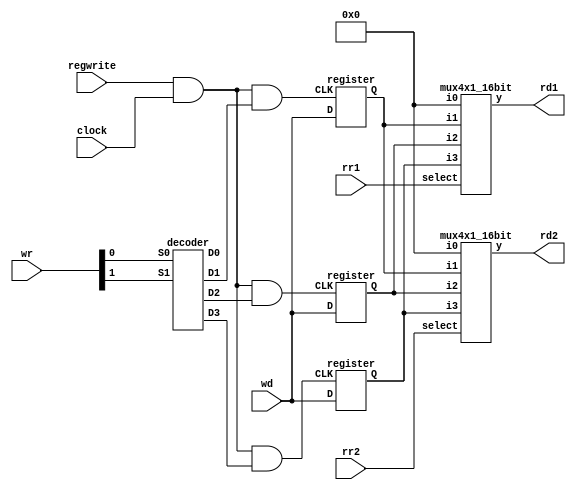
// Structural model of MIPS - single cycle implementation
// data: April 1, 2016
// Iteration: 2

//MIPS register file (4 registers, 16-bit data)

module reg_file (rr1,rr2,wr,wd,regwrite,rd1,rd2,clock);
	
	input [1:0] rr1,rr2,wr;
	input [15:0] wd;
	input regwrite,clock;
	output [15:0] rd1,rd2;
	wire [15:0] q1,q2,q3;
	
// Registers

	register reg1(wd,c1,q1);
	register reg2(wd,c2,q2);
	register reg3(wd,c3,q3);

// Output Port

	mux4x1_16bit mux1 (16'b0,q1,q2,q3,rr1,rd1),
				 mux2 (16'b0,q1,q2,q3,rr2,rd2);

// Input Port

	decoder dec(wr[1],wr[0],w3,w2,w1,w0);
	
	and and0 (regwrite_and_clock,regwrite,clock),
		and1 (c1,regwrite_and_clock,w1),
		and2 (c2,regwrite_and_clock,w2),
		and3 (c3,regwrite_and_clock,w3);

endmodule

// Registers build

module register(D,CLK,Q);

	input [15:0] D;
	input CLK;
	output [15:0] Q;
	
	D_flip_flop r1  (D[0],CLK,Q[0]);
	D_flip_flop r2  (D[1],CLK,Q[1]);
	D_flip_flop r3  (D[2],CLK,Q[2]);
	D_flip_flop r4  (D[3],CLK,Q[3]);
	D_flip_flop r5  (D[4],CLK,Q[4]);
	D_flip_flop r6  (D[5],CLK,Q[5]);
	D_flip_flop r7  (D[6],CLK,Q[6]);
	D_flip_flop r8  (D[7],CLK,Q[7]);
	D_flip_flop r9  (D[8],CLK,Q[8]);
	D_flip_flop r10 (D[9],CLK,Q[9]);
	D_flip_flop r11 (D[10],CLK,Q[10]);
	D_flip_flop r12 (D[11],CLK,Q[11]);
	D_flip_flop r13 (D[12],CLK,Q[12]);
	D_flip_flop r14 (D[13],CLK,Q[13]);
	D_flip_flop r15 (D[14],CLK,Q[14]);
	D_flip_flop r16 (D[15],CLK,Q[15]);

endmodule	

// MIPS ALU 16-bit in Verilog

module ALU(op,a,b,result,zero);

	input [15:0] a,b;
	input [2:0] op;
	output [15:0] result;
	output zero;
	wire c1,c2,c3,c4,c5,c6,c7,c8,c9,c10,c11,c12,c13,c14,c15;
	
	ALU1	alu0  (a[0], b[0], op[2],op[1:0],set,    op[2],c1, result[0]),
			alu1  (a[1], b[1], op[2],op[1:0],1'b0,  c1,   c2, result[1]),
			alu2  (a[2], b[2], op[2],op[1:0],1'b0,  c2,   c3, result[2]),
			alu3  (a[3], b[3], op[2],op[1:0],1'b0,  c3,   c4, result[3]),
			alu4  (a[4], b[4], op[2],op[1:0],1'b0,  c4,   c5, result[4]),
			alu5  (a[5], b[5], op[2],op[1:0],1'b0,  c5,   c6, result[5]),
			alu6  (a[6], b[6], op[2],op[1:0],1'b0,  c6,   c7, result[6]),
			alu7  (a[7], b[7], op[2],op[1:0],1'b0,  c7,   c8, result[7]),
			alu8  (a[8], b[8], op[2],op[1:0],1'b0,  c8,   c9, result[8]),
			alu9  (a[9], b[9], op[2],op[1:0],1'b0,  c9,   c10,result[9]),
			alu10 (a[10],b[10],op[2],op[1:0],1'b0,  c10,  c11,result[10]),
			alu11 (a[11],b[11],op[2],op[1:0],1'b0,  c11,  c12,result[11]),
			alu12 (a[12],b[12],op[2],op[1:0],1'b0,  c12,  c13,result[12]),
			alu13 (a[13],b[13],op[2],op[1:0],1'b0,  c13,  c14,result[13]),
			alu14 (a[14],b[14],op[2],op[1:0],1'b0,  c14,  c15,result[14]);
		 
	ALUmsb	alu15 (a[15],b[15],op[2],op[1:0],1'b0,  c15,  c16,result[15],set);

	or or1(or01, result[0],result[1]);
	or or2(or23, result[2],result[3]);
	nor nor1(zero,or01,or23);

endmodule

module ALU1(a,b,binvert,op,less,carryin,carryout,result);

	input a,b,carryin,binvert;
	input less;
	input [1:0] op;
	output carryout,result;
	wire sum,a_and_b,a_or_b,b_inv;
	
	not not1(b_inv, b);
	mux2x1 mux1(b,b_inv,binvert,b1);
	and and1(a_and_b, a, b);
	or or1(a_or_b, a, b);
	fulladder adder1(sum,carryout,a,b1,carryin);
	mux4x1 mux2(a_and_b,a_or_b,sum,less,op[1:0],result); 

endmodule

module ALUmsb(a,b,binvert,op,less,carryin,carryout,result,sum);

	input a,b,carryin,binvert;
	input less;
	input [1:0] op;
	output carryout,result;
	output sum;
	wire sum,a_and_b,a_or_b,b_inv;
	
	not not1(b_inv, b);
	mux2x1 mux1(b,b_inv,binvert,b1);
	and and1(a_and_b, a, b);
	or or1(a_or_b, a, b);
	fulladder adder1(sum,carryout,a,b1,carryin);
	mux4x1 mux2(a_and_b,a_or_b,sum,less,op[1:0],result); 

endmodule

// MIPS MainControl

module MainControl(Op,Control);

	input [3:0] Op;
	output reg [10:0] Control;
	
	always @(Op) case (Op)
		4'b0000: Control <= 11'b10010000010;  //add
		4'b0001: Control <= 11'b10010000110;  //sub
		4'b0010: Control <= 11'b10010000000;  //and
		4'b0011: Control <= 11'b10010000001;  //or
		4'b0111: Control <= 11'b10010000111;  //slt
		4'b0100: Control <= 11'b01010000010;  //addi
		4'b0101: Control <= 11'b01111000010;  //LW
		4'b0110: Control <= 11'b01000100010;  //SW
		4'b1000: Control <= 11'b00000001110;  //BEQ
		4'b1001: Control <= 11'b00000010110;  //BNE
	endcase

endmodule

//Branch Controller for BEQ and BNE 

module BranchControl(bne,beq,Zero,BranchOut);
	
	input bne,beq;
	input Zero;
	output BranchOut;
	wire ZeroInvert,i0,i1;
	
	not not1(ZeroInvert,Zero);
	and and1(i0,bne,ZeroInvert),
		and2(i1,beq,Zero);
	or	or1(BranchOut,i0,i1);
	
endmodule

// MIPS CPU & Test Program

module CPU(clock,WD,IR,PC);

	input clock;
	output [15:0] WD,IR,PC;
	reg [15:0] PC;
	reg [15:0] IMemory[0:1023], DMemory[0:1023];
	wire [15:0] IR,NextPC,A,B,ALUOut,RD2,SignExtend,PCplus4,Target;
	wire [2:0] ALUctl;
	wire [2:0] ALUOp;
	wire [1:0] WR;
	wire RegDst;
	wire branchcontrol;
	
	// Test Program
	initial begin
			//R-types are op=2bit rs=2bit rt=2bit rd=2bit unused=6bit
				  //16'b0100 00 00 00 000000
			//I-types are op=4bit rs=2bit rt=2bit address=8bit
			      //16'b0000 00 00 00000000
				  
		IMemory[0] = 16'b0101000100000000; // lw   $1, 0($0)
		IMemory[1] = 16'b0101001000000100; // lw   $2, 4($0)
		IMemory[2] = 16'b0111011011000000; // slt  $3, $1, $2
		//IMemory[3] = 16'b1000110000000010; // beq  $3, $0, 2
		IMemory[3] = 16'b1001110000000010; // bne  $3, $0, 2
		IMemory[4] = 16'b0110000100000100; // sw   $1, 4($0)
		IMemory[5] = 16'b0110001000000000; // sw   $2, 0($0)
		IMemory[6] = 16'b0101000100000000; // lw   $1, 0($0)
		IMemory[7] = 16'b0101001000000100; // lw   $2, 4($0)
		IMemory[8] = 16'b0001011001000000; // sub  $1, $1, $2
		
		DMemory[0] =16'h5;
		DMemory[1] =16'h7;
	end
	
	initial PC = 0;
	
	assign IR = IMemory [PC>>1];
	
	mux2x1_2bit mux1(IR[9:8],IR[7:6],RegDst,WR); //RegDst
	
	mux2x1_16bit mux2(RD2,SignExtend,ALUSrc,B); //ALUSrc
	
	mux2x1_16bit mux3(ALUOut,DMemory[ALUOut>>2],MemToReg,WD); //MemtoReg
	
	mux2x1_16bit mux4(PCplus4,Target,BranchConOut,NextPC);
	
	assign SignExtend = {{8{IR[7]}},IR[7:0]}; // sign extension unit
	
	reg_file rf(IR[11:10],IR[9:8],WR,WD,RegWrite,A,RD2,clock);
	
	ALU fetch (3'b010,PC,16'h2,PCplus4,Unused1);
	
	ALU ex (ALUctl,A,B,ALUOut,Zero);
	
	ALU branch (3'b010,SignExtend<<1,PCplus4,Target,Unused2);
	
	MainControl MainCtr (IR[15:12],{RegDst,ALUSrc,MemToReg,RegWrite,MemRead,MemWrite,bne,beq,ALUctl[2:0]});
	
	BranchControl branch1(bne,beq,Zero,BranchConOut);
	
	always @(negedge clock) begin
		PC <= NextPC;
		if(MemWrite) DMemory[ALUOut>>2] <= RD2;
	end
	
endmodule

// Test Module

module test();
	
	reg clock;
	wire signed [15:0] WD,IR,PC;
	
	CPU test_cpu(clock,WD,IR,PC);
	
	always #1 clock = ~clock;
	
	initial begin
		$display ("PC     time  clock     IR                  WD");
		$monitor ("%d    %2d      %b     %b %d",PC, $time,clock,IR,WD);
		clock = 1;
		#16 $finish;
	end

endmodule

/* Compiling and simulation

>iverilog

>vvp 

//This is with beq enabled and DMemory[0]=5 and DMemory[1]=7

PC   time   clock   IR               WD
 0    0     1       0101000100000000  5
 2    1     0       0101001000000100  7
 2    2     1       0101001000000100  7
 4    3     0       0111011011000000  1
 4    4     1       0111011011000000  1
 6    5     0       1000110000000010  1
 6    6     1       1000110000000010  1
 8    7     0       0110000100000100  4
 8    8     1       0110000100000100  4
10    9     0       0110001000000000  0
10   10     1       0110001000000000  0
12   11     0       0101000100000000  7
12   12     1       0101000100000000  7
14   13     0       0101001000000100  5
14   14     1       0101001000000100  5
16   15     0       0001011001000000  2 
16   16     1       0001011001000000  2

//This is with beq enabled and DMemory[0]=7 and DMemory[1]=5

PC   time   clock   IR               WD
 0    0     1       0101000100000000  5
 2    1     0       0101001000000100  7
 2    2     1       0101001000000100  7
 4    3     0       0111011011000000  1
 4    4     1       0111011011000000  1
 6    5     0       1000110000000010  1
 6    6     1       1000110000000010  1
 8    7     0       0110000100000100  4
 8    8     1       0110000100000100  4
10    9     0       0110001000000000  0
10   10     1       0110001000000000  0
12   11     0       0101000100000000  7
12   12     1       0101000100000000  7
14   13     0       0101001000000100  5
14   14     1       0101001000000100  5
16   15     0       0001011001000000  2 
16   16     1       0001011001000000  2

//This is with bne enabled and DMemory[0]=5 and DMemory[1]=7

PC   time   clock   IR               WD
 0    0     1       0101000100000000  5
 2    1     0       0101001000000100  7
 2    2     1       0101001000000100  7
 4    3     0       0111011011000000  1
 4    4     1       0111011011000000  1
 6    5     0       1000111000000010  1
 6    6     1       1000111000000010  1
 8    7     0       0110000100000100  5
 8    8     1       0110000100000100  5
10    9     0       0110001000000000  7
10   10     1       0110001000000000  7
12   11     0       0101000100000000 -2
12   12     1       0101000100000000 -2
14   13     0       xxxxxxxxxxxxxxxx  x
14   14     1       xxxxxxxxxxxxxxxx  x
16   15     0       xxxxxxxxxxxxxxxx  x 
16   16     1       xxxxxxxxxxxxxxxx  x

//This is with bne enabled and DMemory[0]=7 and DMemory[1]=5

PC   time   clock   IR               WD
 0    0     1       0101000100000000  7
 2    1     0       0101001000000100  5
 2    2     1       0101001000000100  5
 4    3     0       0111011011000000  0
 4    4     1       0111011011000000  0
 6    5     0       1000111000000010  0
 6    6     1       1000111000000010  0
 8    7     0       0110000100000100  4
 8    8     1       0110000100000100  4
10    9     0       0110001000000000  0
10   10     1       0110001000000000  0
12   11     0       0101000100000000  5
12   12     1       0101000100000000  5
14   13     0       0101001000000100  7
14   14     1       0101001000000100  7
16   15     0       0001011001000000 -2 
16   16     1       0001011001000000 -2
*/
	
// Components

module D_flip_flop(D,CLK,Q);

	input D,CLK;
	output Q;
	wire CLK1,Y;
	not not1 (CLK1,CLK);
	
	D_latch D1(D,CLK,Y),
			D2(Y,CLK1,Q);
			
endmodule

module D_latch(D,C,Q);
	
	input D,C;
	output Q;
	wire x,y,D1,Q1;
	
	nand nand1(x,D,C),
		 nand2(y,D1,C),
		 nand3(Q,x,Q1),
		 nand4(Q1,y,Q);
		 
	not not1(D1,D);
	
endmodule

module mux4x1(i0,i1,i2,i3,select,y);

	input i0,i1,i2,i3;
	input [1:0] select;
	output y;
	wire S0,S1,w1,w2,w3,w4;
	
	not not1(S0,select[0]),
		not2(S1,select[1]);
	
	and and1(w1,i0,S1,S0),
		and2(w2,i1,S1,select[0]),
		and3(w3,i2,select[1],S0),
		and4(w4,i3,select[1],select[0]);
		
	or  or1(y,w1,w2,w3,w4);
	
endmodule

module mux4x1_16bit(i0,i1,i2,i3,select,y);

	input [15:0] i0,i1,i2,i3;
	input [1:0] select;
	output [15:0] y;
	
	mux4x1 mux1 (1'b0,i1[0], i2[0], i3[0], select[1:0],y[0]),
		   mux2 (1'b0,i1[1], i2[1], i3[1], select[1:0],y[1]),
		   mux3 (1'b0,i1[2], i2[2], i3[2], select[1:0],y[2]),
		   mux4 (1'b0,i1[3], i2[3], i3[3], select[1:0],y[3]),
		   
		   mux5 (1'b0,i1[4], i2[4], i3[4], select[1:0],y[4]),
		   mux6 (1'b0,i1[5], i2[5], i3[5], select[1:0],y[5]),
		   mux7 (1'b0,i1[6], i2[6], i3[6], select[1:0],y[6]),
		   mux8 (1'b0,i1[7], i2[7], i3[7], select[1:0],y[7]),
		   
		   mux9 (1'b0,i1[8], i2[8], i3[8], select[1:0],y[8]),
		   mux10(1'b0,i1[9], i2[9], i3[9], select[1:0],y[9]),
		   mux11(1'b0,i1[10],i2[10],i3[10],select[1:0],y[10]),
		   mux12(1'b0,i1[11],i2[11],i3[11],select[1:0],y[11]),
		   
		   mux13(1'b0,i1[12],i2[12],i3[12],select[1:0],y[12]),
		   mux14(1'b0,i1[13],i2[13],i3[13],select[1:0],y[13]),
		   mux15(1'b0,i1[14],i2[14],i3[14],select[1:0],y[14]),
		   mux16(1'b0,i1[15],i2[15],i3[15],select[1:0],y[15]);
		   
endmodule

module decoder(S1,S0,D3,D2,D1,D0);

	input S0,S1;
	output D0,D1,D2,D3;
	
	not not1(notS0,S0),
		not2(notS1,S1);
	
	and and0(D0,notS1,notS0),
		and1(D1,notS1,S0),
		and2(D2,S1,notS0),
		and3(D3,S1,S0);

endmodule

module halfadder(S,C,x,y);

	input x,y; 
	output S,C; 

	xor (S,x,y); 
	and (C,x,y);

endmodule

module fulladder(S,C,x,y,z);

	input x,y,z; 
	output S,C; 
	wire S1,D1,D2;

	halfadder HA1 (S1,D1,x,y), 
              HA2 (S,D2,S1,z); 
	or g1(C,D2,D1);

endmodule

module mux2x1(A,B,select,OUT);

	input A,B,select;
	output OUT;
	wire S_inv,wire1,wire2;
	
	not not1(S_inv, select);
	and and1(wire1,A,S_inv),
		and2(wire2,B,select);
	or or1(OUT,wire1,wire2);

endmodule

module mux2x1_2bit(A,B,select,OUT);
	
	input [1:0] A,B;
	input select;
	output [1:0] OUT;
	
	mux2x1 mux1(A[0],B[0],select,OUT[0]),
		   mux2(A[1],B[1],select,OUT[1]);
	
endmodule

module mux2x1_16bit(A,B,select,OUT);

	input [15:0] A,B;
	input select;
	output [15:0] OUT;
	
	mux2x1 mux1 (A[0], B[0], select,OUT[0]),
		   mux2 (A[1], B[1], select,OUT[1]),
		   mux3 (A[2], B[2], select,OUT[2]),
		   mux4 (A[3], B[3], select,OUT[3]),
		   mux5 (A[4], B[4], select,OUT[4]),
		   mux6 (A[5], B[5], select,OUT[5]),
		   mux7 (A[6], B[6], select,OUT[6]),
		   mux8 (A[7], B[7], select,OUT[7]),
		   mux9 (A[8], B[8], select,OUT[8]),
		   mux10(A[9], B[9], select,OUT[9]),
		   mux11(A[10],B[10],select,OUT[10]),
		   mux12(A[11],B[11],select,OUT[11]),
		   mux13(A[12],B[12],select,OUT[12]),
		   mux14(A[13],B[13],select,OUT[13]),
		   mux15(A[14],B[14],select,OUT[14]),
		   mux16(A[15],B[15],select,OUT[15]);

endmodule